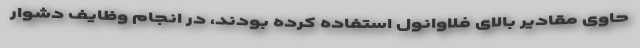
حاوی مقادیر بالای فلاوانول استفاده کرده بودند، در انجام وظایف دشوار